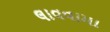
લાવવામા